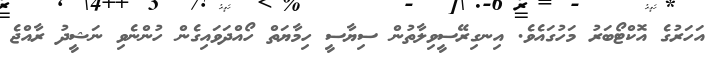
އަހަރުގެ އޮކްޓޯބަރު މަހުގައެވެ. އިނގިރޭސީވިލާތުން ސިޔާސީ ހިމާޔަތް ހޯއްދަވައިގެން ހުންނެވި ނަޝީދު ރާއްޖެ